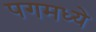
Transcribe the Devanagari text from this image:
पगमध्ये